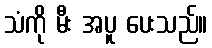
သံကို မီး အပူ ပေးသည်။